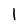
Character: l